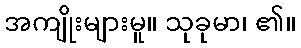
အကျိုးများမူ။ သုခုမာ၊ ၏။